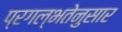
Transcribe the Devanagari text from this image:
प्रगल्भतेनुसार